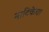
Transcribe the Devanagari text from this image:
नाटिकेचा